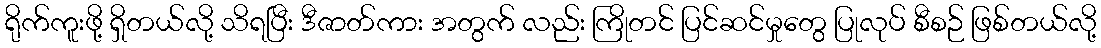
ရိုက်ကူးဖို့ ရှိတယ်လို့ သိရပြီး ဒီဇာတ်ကား အတွက် လည်း ကြိုတင် ပြင်ဆင်မှုတွေ ပြုလုပ် စီစဉ် ဖြစ်တယ်လို့